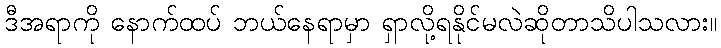
ဒီအရာကို နောက်ထပ် ဘယ်နေရာမှာ ရှာလို့ရနိုင်မလဲဆိုတာသိပါသလား။